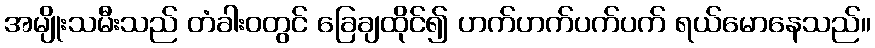
အမျိုးသမီးသည် တံခါးဝတွင် ခြေချထိုင်၍ ဟက်ဟက်ပက်ပက် ရယ်မောနေသည်။